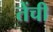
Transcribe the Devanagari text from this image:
तेंची